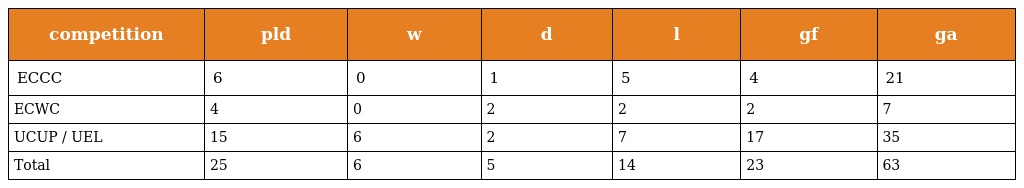
| competition | pld | w | d | l | gf | ga |
 | --- | --- | --- | --- | --- | --- | --- |
 | ECCC | 6 | 0 | 1 | 5 | 4 | 21 |
 | ECWC | 4 | 0 | 2 | 2 | 2 | 7 |
 | UCUP / UEL | 15 | 6 | 2 | 7 | 17 | 35 |
 | Total | 25 | 6 | 5 | 14 | 23 | 63 |